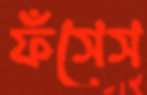
ফঁসেস